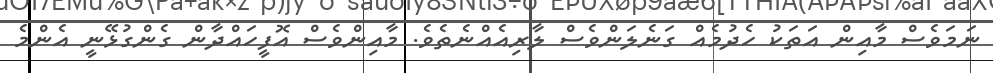
ނަމަވެސް މާއިން އަތަކު ހެދުމެއް ގަނެލަންވެސް ލާރިއެއްނެތެވެ. މާއިންވެސް އޮފީހައްދާން ގެންގުޅޭނީ އެންްމެ